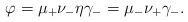
\begin{align*}\varphi = \mu_+ \nu_- \eta \gamma_- = \mu_- \nu_+ \gamma_-.\end{align*}